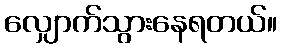
လျှောက်သွားနေရတယ်။